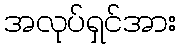
အလုပ်ရှင်အား